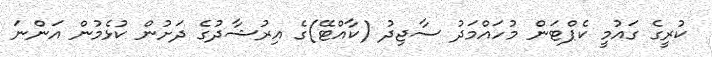
ކުރީގެ ގައުމީ ކެޕްޓަން މުހައްމަދު ސާޖިދު (ކާއްޓޭ)ގެ އިރުޝާދުގެ ދަށުން ކުޅެމުން އަންނަ